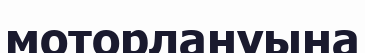
моторлануына